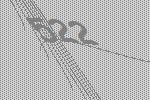
522